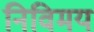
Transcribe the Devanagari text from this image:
निविमय